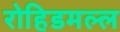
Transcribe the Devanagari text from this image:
रोहिडमल्ल